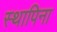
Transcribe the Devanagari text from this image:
स्थापिना